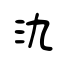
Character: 氿